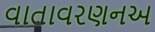
વાતાવરણનઅ